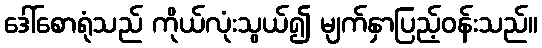
ဒေါ်စောရုံသည် ကိုယ်လုံးသွယ်၍ မျက်နှာပြည့်ဝန်းသည်။